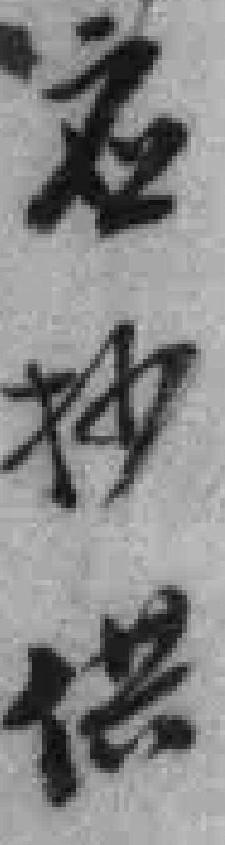
应抄供